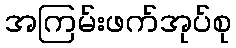
အကြမ်းဖက်အုပ်စု